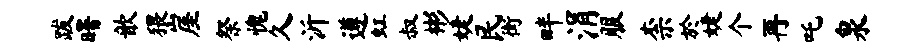
跋曙歆猥崖祭愧久沂遵虹叔彬婕民街畔涓服柰於婕个再吒泉